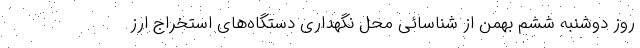
روز دوشنبه ششم بهمن از شناسائی محل نگهداری دستگاه‌های استخراج ارز